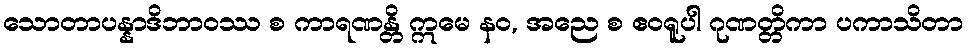
သောတာပန္နာဒိဘာဝဿ စ ကာရဏန္တိ ဣမေ နဝ, အညေ စ ဧဝရူပါ ဂုဏတ္တိကာ ပကာသိတာ